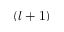
( l + 1 )